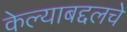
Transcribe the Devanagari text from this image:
केल्याबद्दलचे